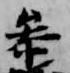
参